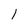
Character: 1